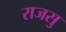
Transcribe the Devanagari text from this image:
राजसु